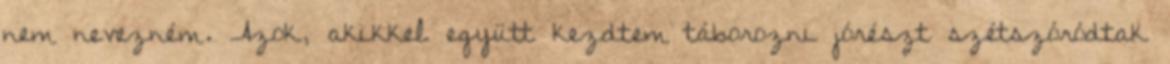
nem nevezném. Azok, akikkel együtt kezdtem táborozni jórészt szétszóródtak